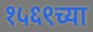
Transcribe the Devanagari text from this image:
१५६९च्या